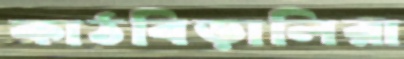
কাঠবিড়ালিরা